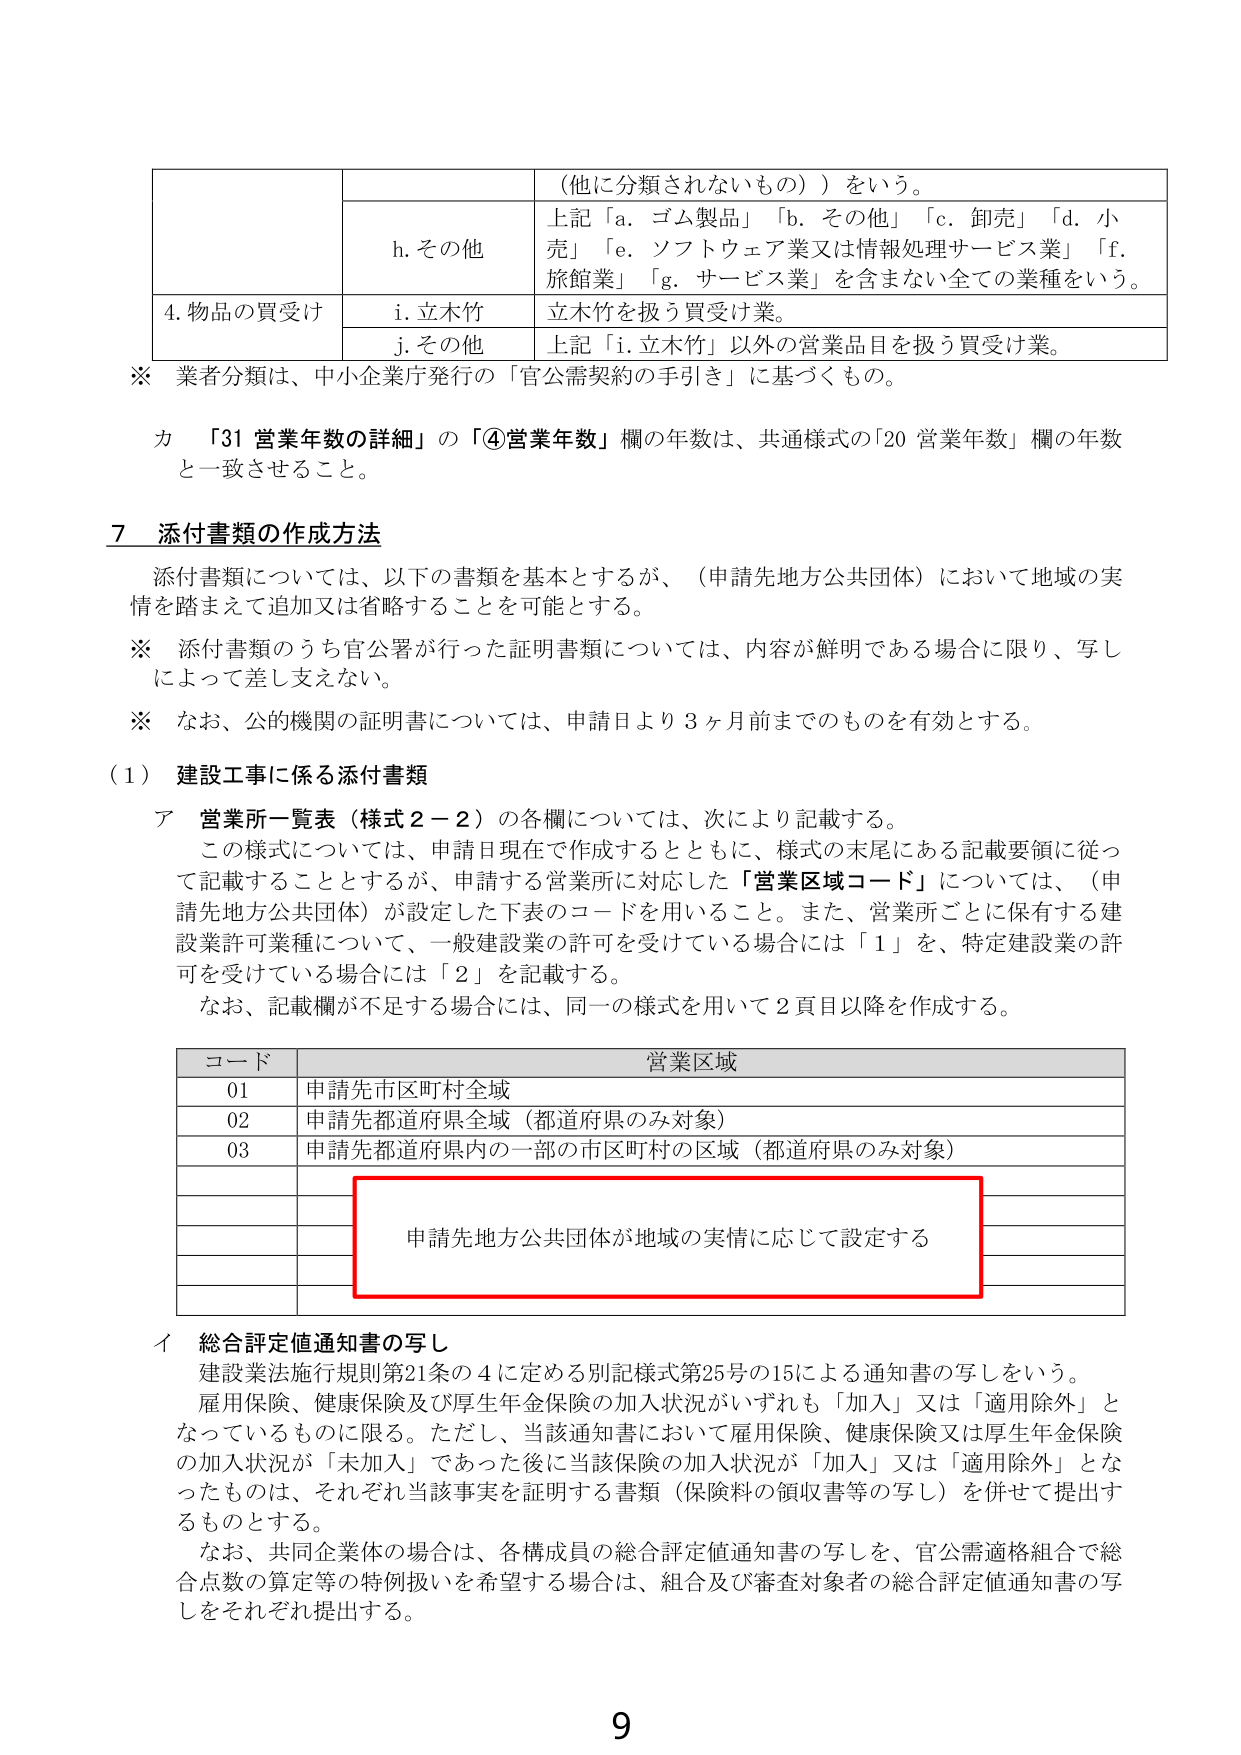
（他に分類されないもの））をいう。

h. その他
上記「a. ゴム製品」「b. その他」「c. 卸売」「d. 小売」「e. ソフトウェア業又は情報処理サービス業」「f. 旅館業」「g. サービス業」を含まない全ての業種をいう。

4. 物品の買受け
i. 立木竹
立木竹を扱う買受け業。

j. その他
上記「i. 立木竹」以外の営業品目を扱う買受け業。

※ 業者分類は、中小企業庁発行の「官公需契約の手引き」に基づくもの。

カ 「31 営業年数の詳細」の「④営業年数」欄の年数は、共通様式の「20 営業年数」欄の年数と一致させること。

7 添付書類の作成方法

添付書類については、以下の書類を基本とするが、（申請先地方公共団体）において地域の実情を踏まえて追加又は省略することを可能とする。

※ 添付書類のうち官公署が行った証明書類については、内容が鮮明である場合に限り、写しによって差し支えない。

※ なお、公的機関の証明書については、申請日より3ヶ月前までのものを有効とする。

（1） 建設工事に係る添付書類

ア 営業所一覧表（様式2－2）の各欄については、次により記載する。
この様式については、申請日現在で作成するとともに、様式の末尾にある記載要領に従って記載することとするが、申請する営業所に対応した「営業区域コード」については、（申請先地方公共団体）が設定した下表のコードを用いること。また、営業所ごとに保有する建設業許可業種について、一般建設業の許可を受けている場合には「1」を、特定建設業の許可を受けている場合には「2」を記載する。
なお、記載欄が不足する場合には、同一の様式を用いて2頁目以降を作成する。

コード 営業区域
01 申請先市区町村全域
02 申請先都道府県全域（都道府県のみ対象）
03 申請先都道府県内的一部分の市区町村の区域（都道府県のみ対象）
申請先地方公共団体が地域の実情に応じて設定する

イ 総合評定値通知書の写し
建設業法施行規則第21条の4に定める別記様式第25号の15による通知書の写しをいう。
雇用保険、健康保険及び厚生年金保険の加入状況がいずれも「加入」又は「適用除外」となっているものに限る。ただし、当該通知書において雇用保険、健康保険又は厚生年金保険の加入状況が「未加入」であった後に当該保険の加入状況が「加入」又は「適用除外」となったものは、それぞれ当該事実を証明する書類（保険料の領収書等の写し）を併せて提出するものとする。
なお、共同企業体の場合は、各構成員の総合評定値通知書の写しを、官公需適格組合で総合点数の算定等の特例扱いを希望する場合は、組合及び審査対象者の総合評定値通知書の写しをそれぞれ提出する。

9